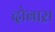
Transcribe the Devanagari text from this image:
दोबाऱा